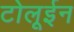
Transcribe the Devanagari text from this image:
टोलूईन